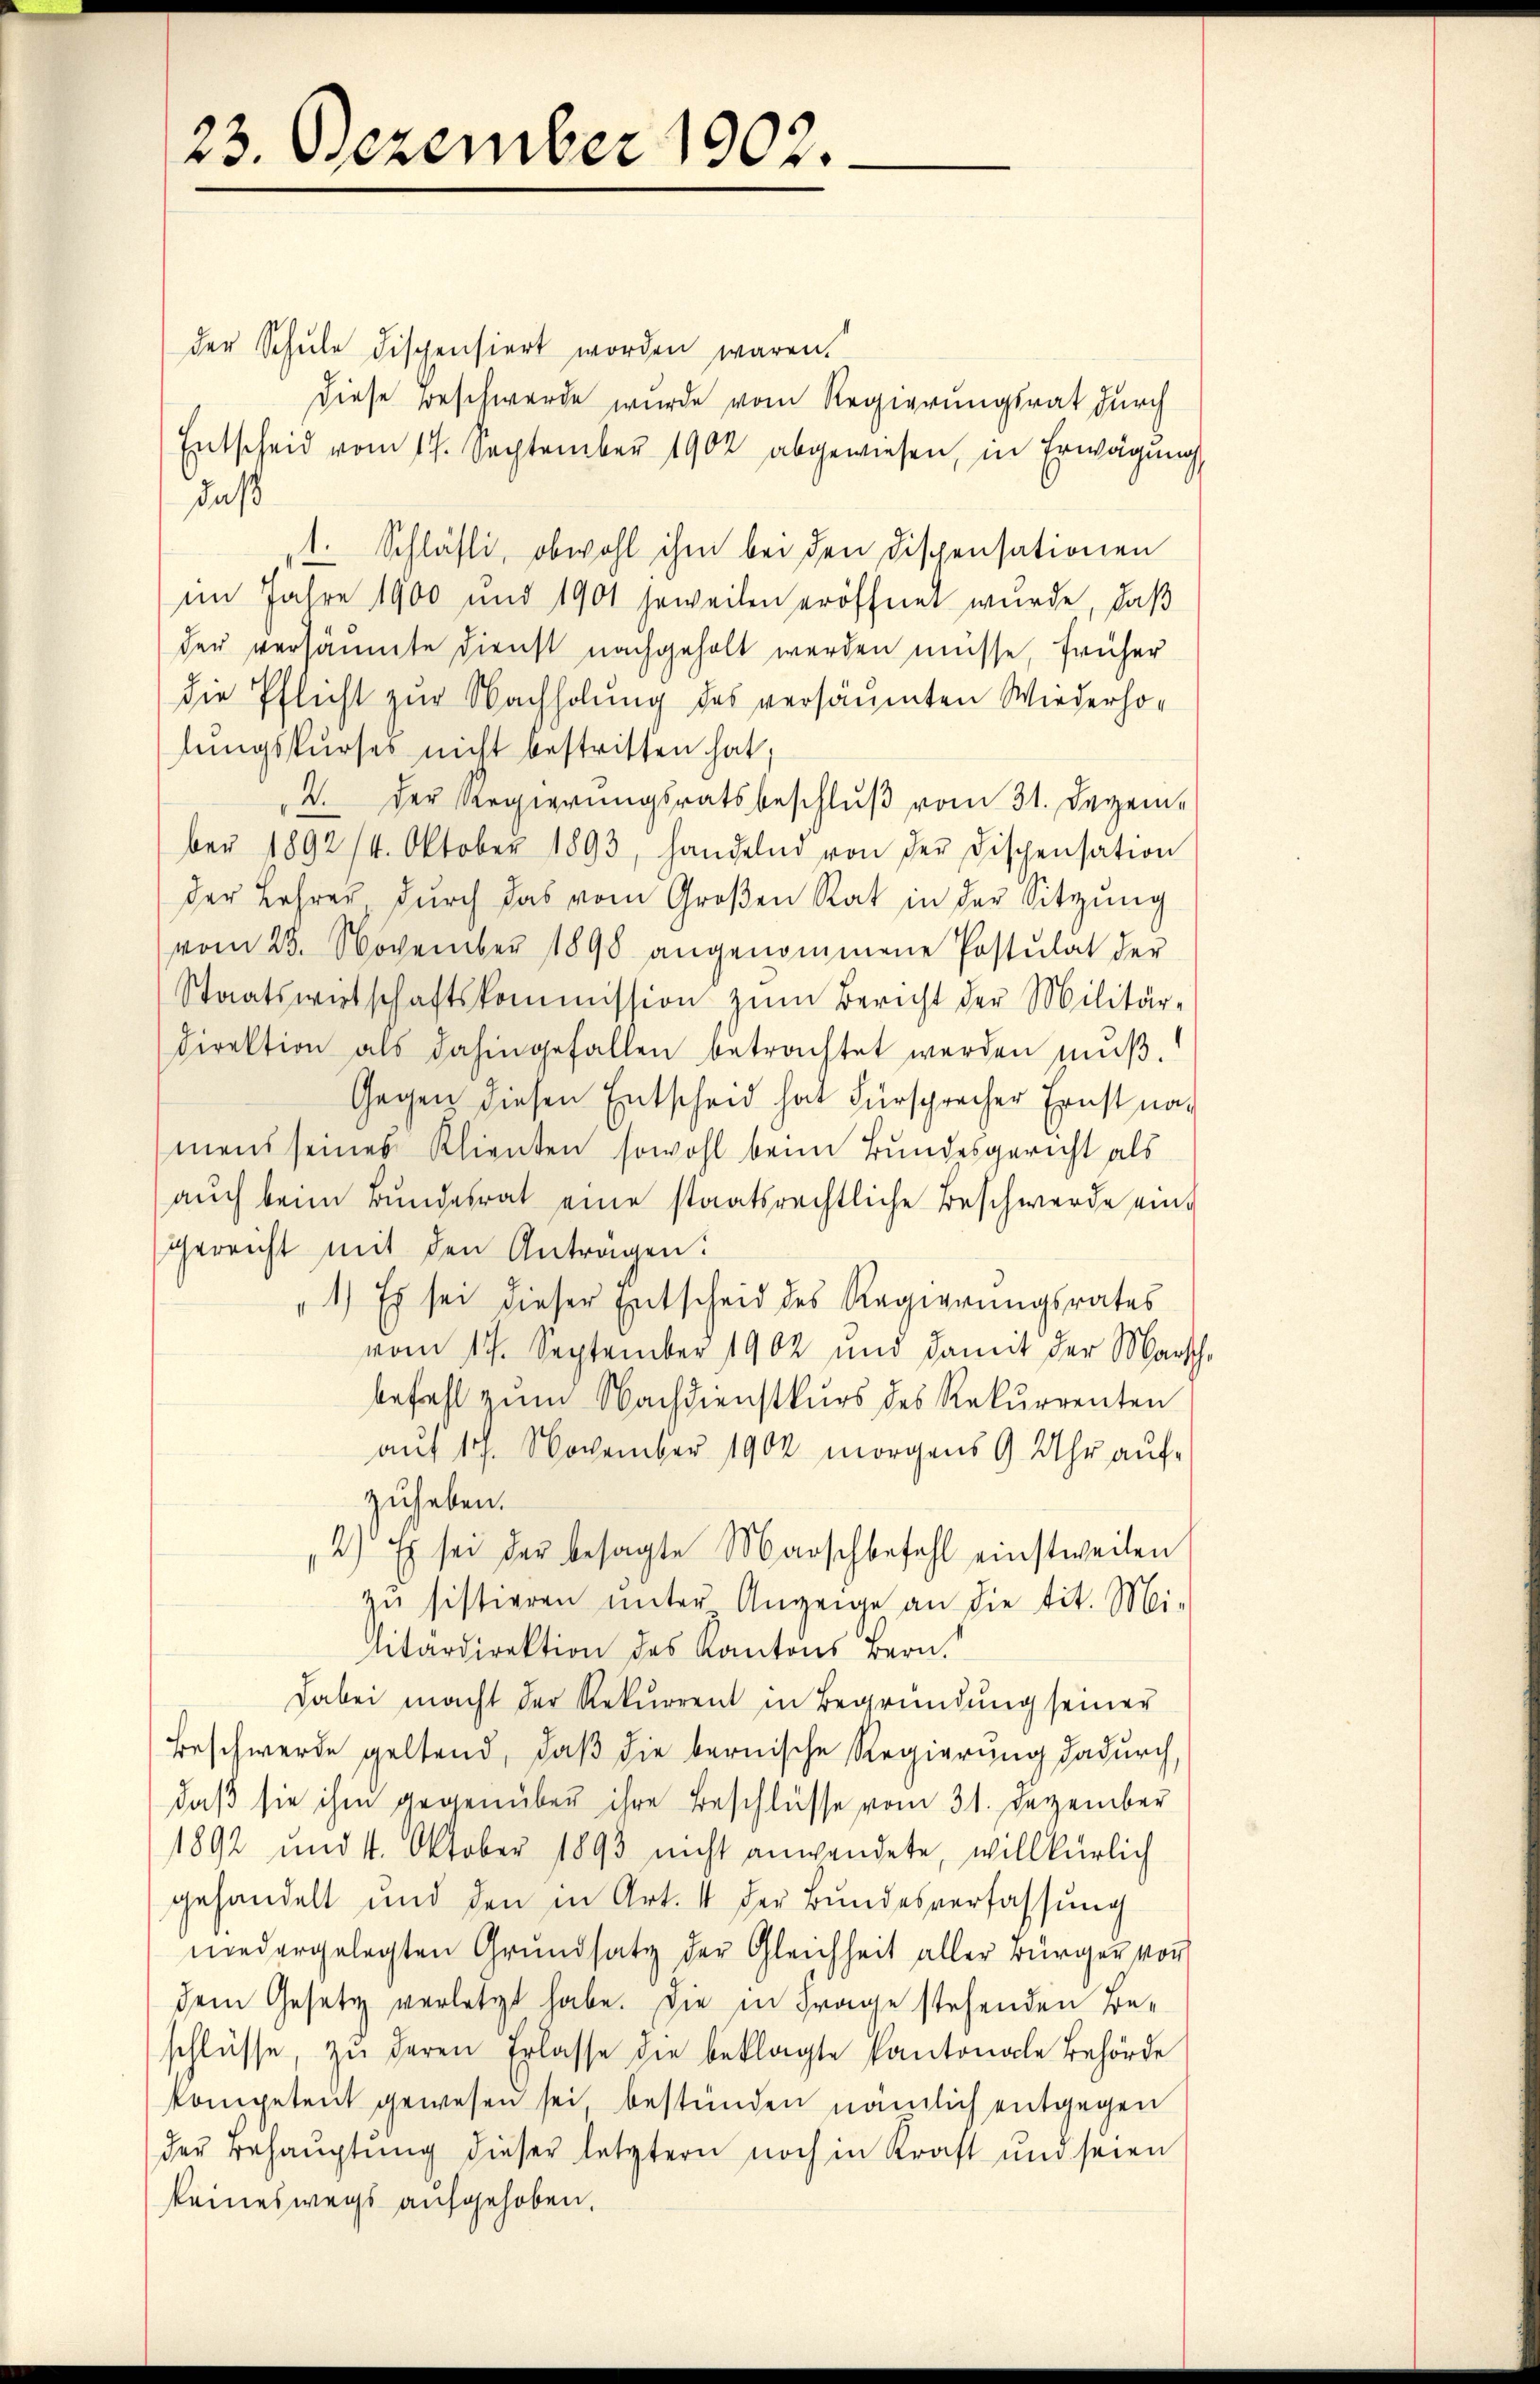
23. Dezember 1902.

der Schule dispensiert worden wären.
Diese Beschwerde wurde vom Regierungsrat durch
Entscheid vom 17. September 1902 abgewiesen, in Erwägung
daß
t. Schläsli, obwohl ihm bei den Dispensationen
im Jahre 1900 und 1901 jeweilen eröffnet wurde, daß
der versäumte Dienst nachgeholt werden müsse, früher
die Pflicht zur Nachholung des versäumten Wiederholungskurses nicht bestritten hat,
2. Der Regierungsratsbeschluß vom 31. Dezember 1892/4. Oktober 1893, handelnd von der Dispensation
der Lehrer dŭrch das vom Groβen Rat in der Sitzŭng
vom 25. November 1890 angenommene Postulat der
Staatswirtschaftskommission zŭm Bericht der Militär-
Direktion als dahingefallen betrachtet werden muß.
Gegen diesen Entscheid hat Fürsprecher Ernst nach
mens seines Klienten sowohl beim Bundesgericht als
aŭch beim Bundesrat eine staatsrechtliche Beschwerde eingereicht mit den Antragen:
1.) Es sei dieser Entscheid des Regierungsrates
vom 17. September 1902 und damit der Marsch
befehl zum Nachdienstkurs des Rekurrenten
auf 17. November 1904 morgens 9 Uhr aufzuheben.
2) Es sei der besagte Marschbefehl einstweilen
zu sistieren unter Anzeige an die tit. Mi-
litärdirektion des Kantons Bern.
Dabei macht der Rekurrent in Begründung seiner
Beschwerde geltend, daß die bernische Regierung dadurch,
daß sie ihm gegenüber ihre Beschlüsse vom 31. Dezember
1892 und 14. Oktober 1893 nicht anwendete, willkürlich
gehandelt und den in Art. 4 der Bundesverfassung
niedergelegten Grŭndsatz der Gleichheit aller Bürger von
dem Gesetz verletzt habe. Die in Frage stehenden Beschlüsse, zŭ deren Erlasse die beklagte Kantonale Behörde
kompetent gewesen sei, bestünden nämlich entgegen
der Behauptung dieser letztern noch in Kraft und seien
keineswegs aufgehoben.